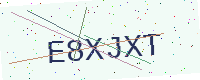
Text: E8XJXT